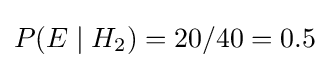
P(E\mid H_{2})=20/40=0.5